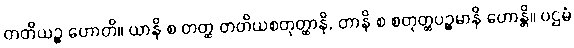
တတိယဉ္စ ဟောတိ။ ယာနိ စ တတ္ထ တတိယစတုတ္ထာနိ, တာနိ စ စတုတ္ထပဉ္စမာနိ ဟောန္တိ။ ပဌမံ